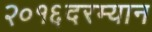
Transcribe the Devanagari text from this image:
२०१६दरम्यान